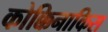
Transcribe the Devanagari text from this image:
कोक्किनाकिस